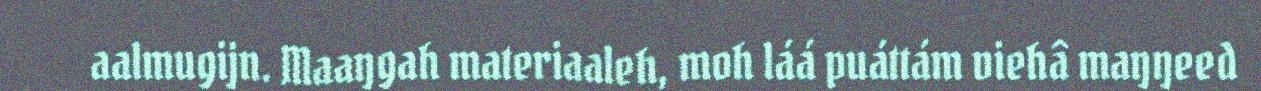
aalmugijn. Maaŋgah materiaaleh, moh láá puáttám viehâ maŋŋeed